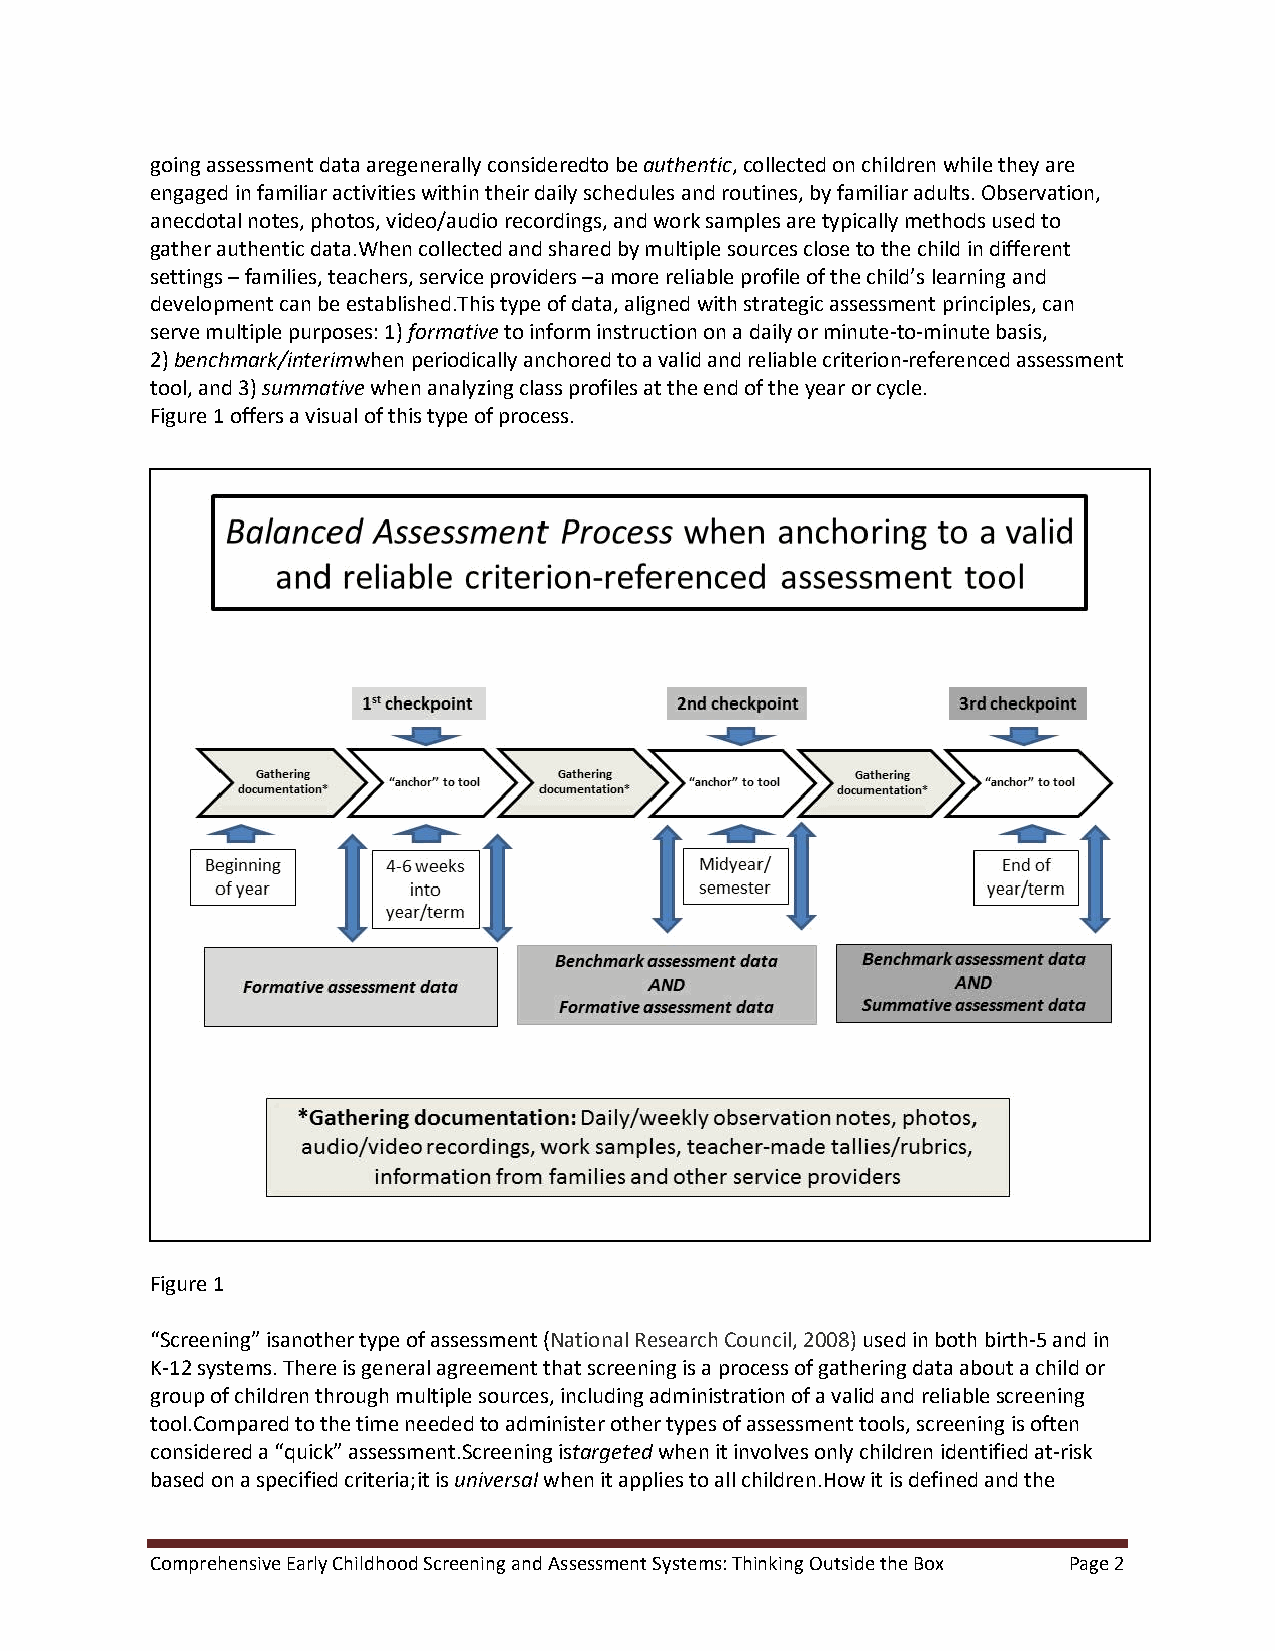
going assessment data aregenerally consideredto be authentic, collected on children while they are
 engaged in familiar activities within their daily schedules and routines, by familiar adults. Observation,
 anecdotal notes, photos, video/audio recordings, and work samples are typically methods used to
 gather authentic data.When collected and shared by multiple sources close to the child in different
 settings – families, teachers, service providers –a more reliable profile of the child’s learning and
 development can be established.This type of data, aligned with strategic assessment principles, can
 serve multiple purposes: 1) formative to inform instruction on a daily or minute-to-minute basis,
 2) benchmark/interimwhen periodically anchored to a valid and reliable criterion-referenced assessment
 tool, and 3) summative when analyzing class profiles at the end of the year or cycle.
 Figure 1 offers a visual of this type of process.
 Figure 1
 “Screening” isanother type of assessment (National Research Council, 2008) used in both birth-5 and in
 K-12 systems. There is general agreement that screening is a process of gathering data about a child or
 group of children through multiple sources, including administration of a valid and reliable screening
 tool.Compared to the time needed to administer other types of assessment tools, screening is often
 considered a “quick” assessment.Screening istargeted when it involves only children identified at-risk
 based on a specified criteria;it is universal when it applies to all children.How it is defined and the
 Comprehensive Early Childhood Screening and Assessment Systems: Thinking Outside the Box Page 2